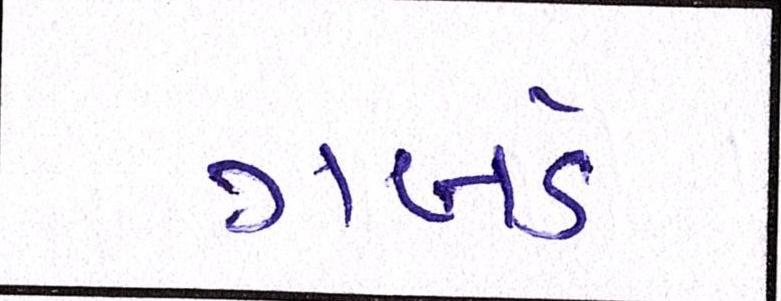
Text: ગબડે